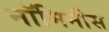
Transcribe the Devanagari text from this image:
नॉमिनीस